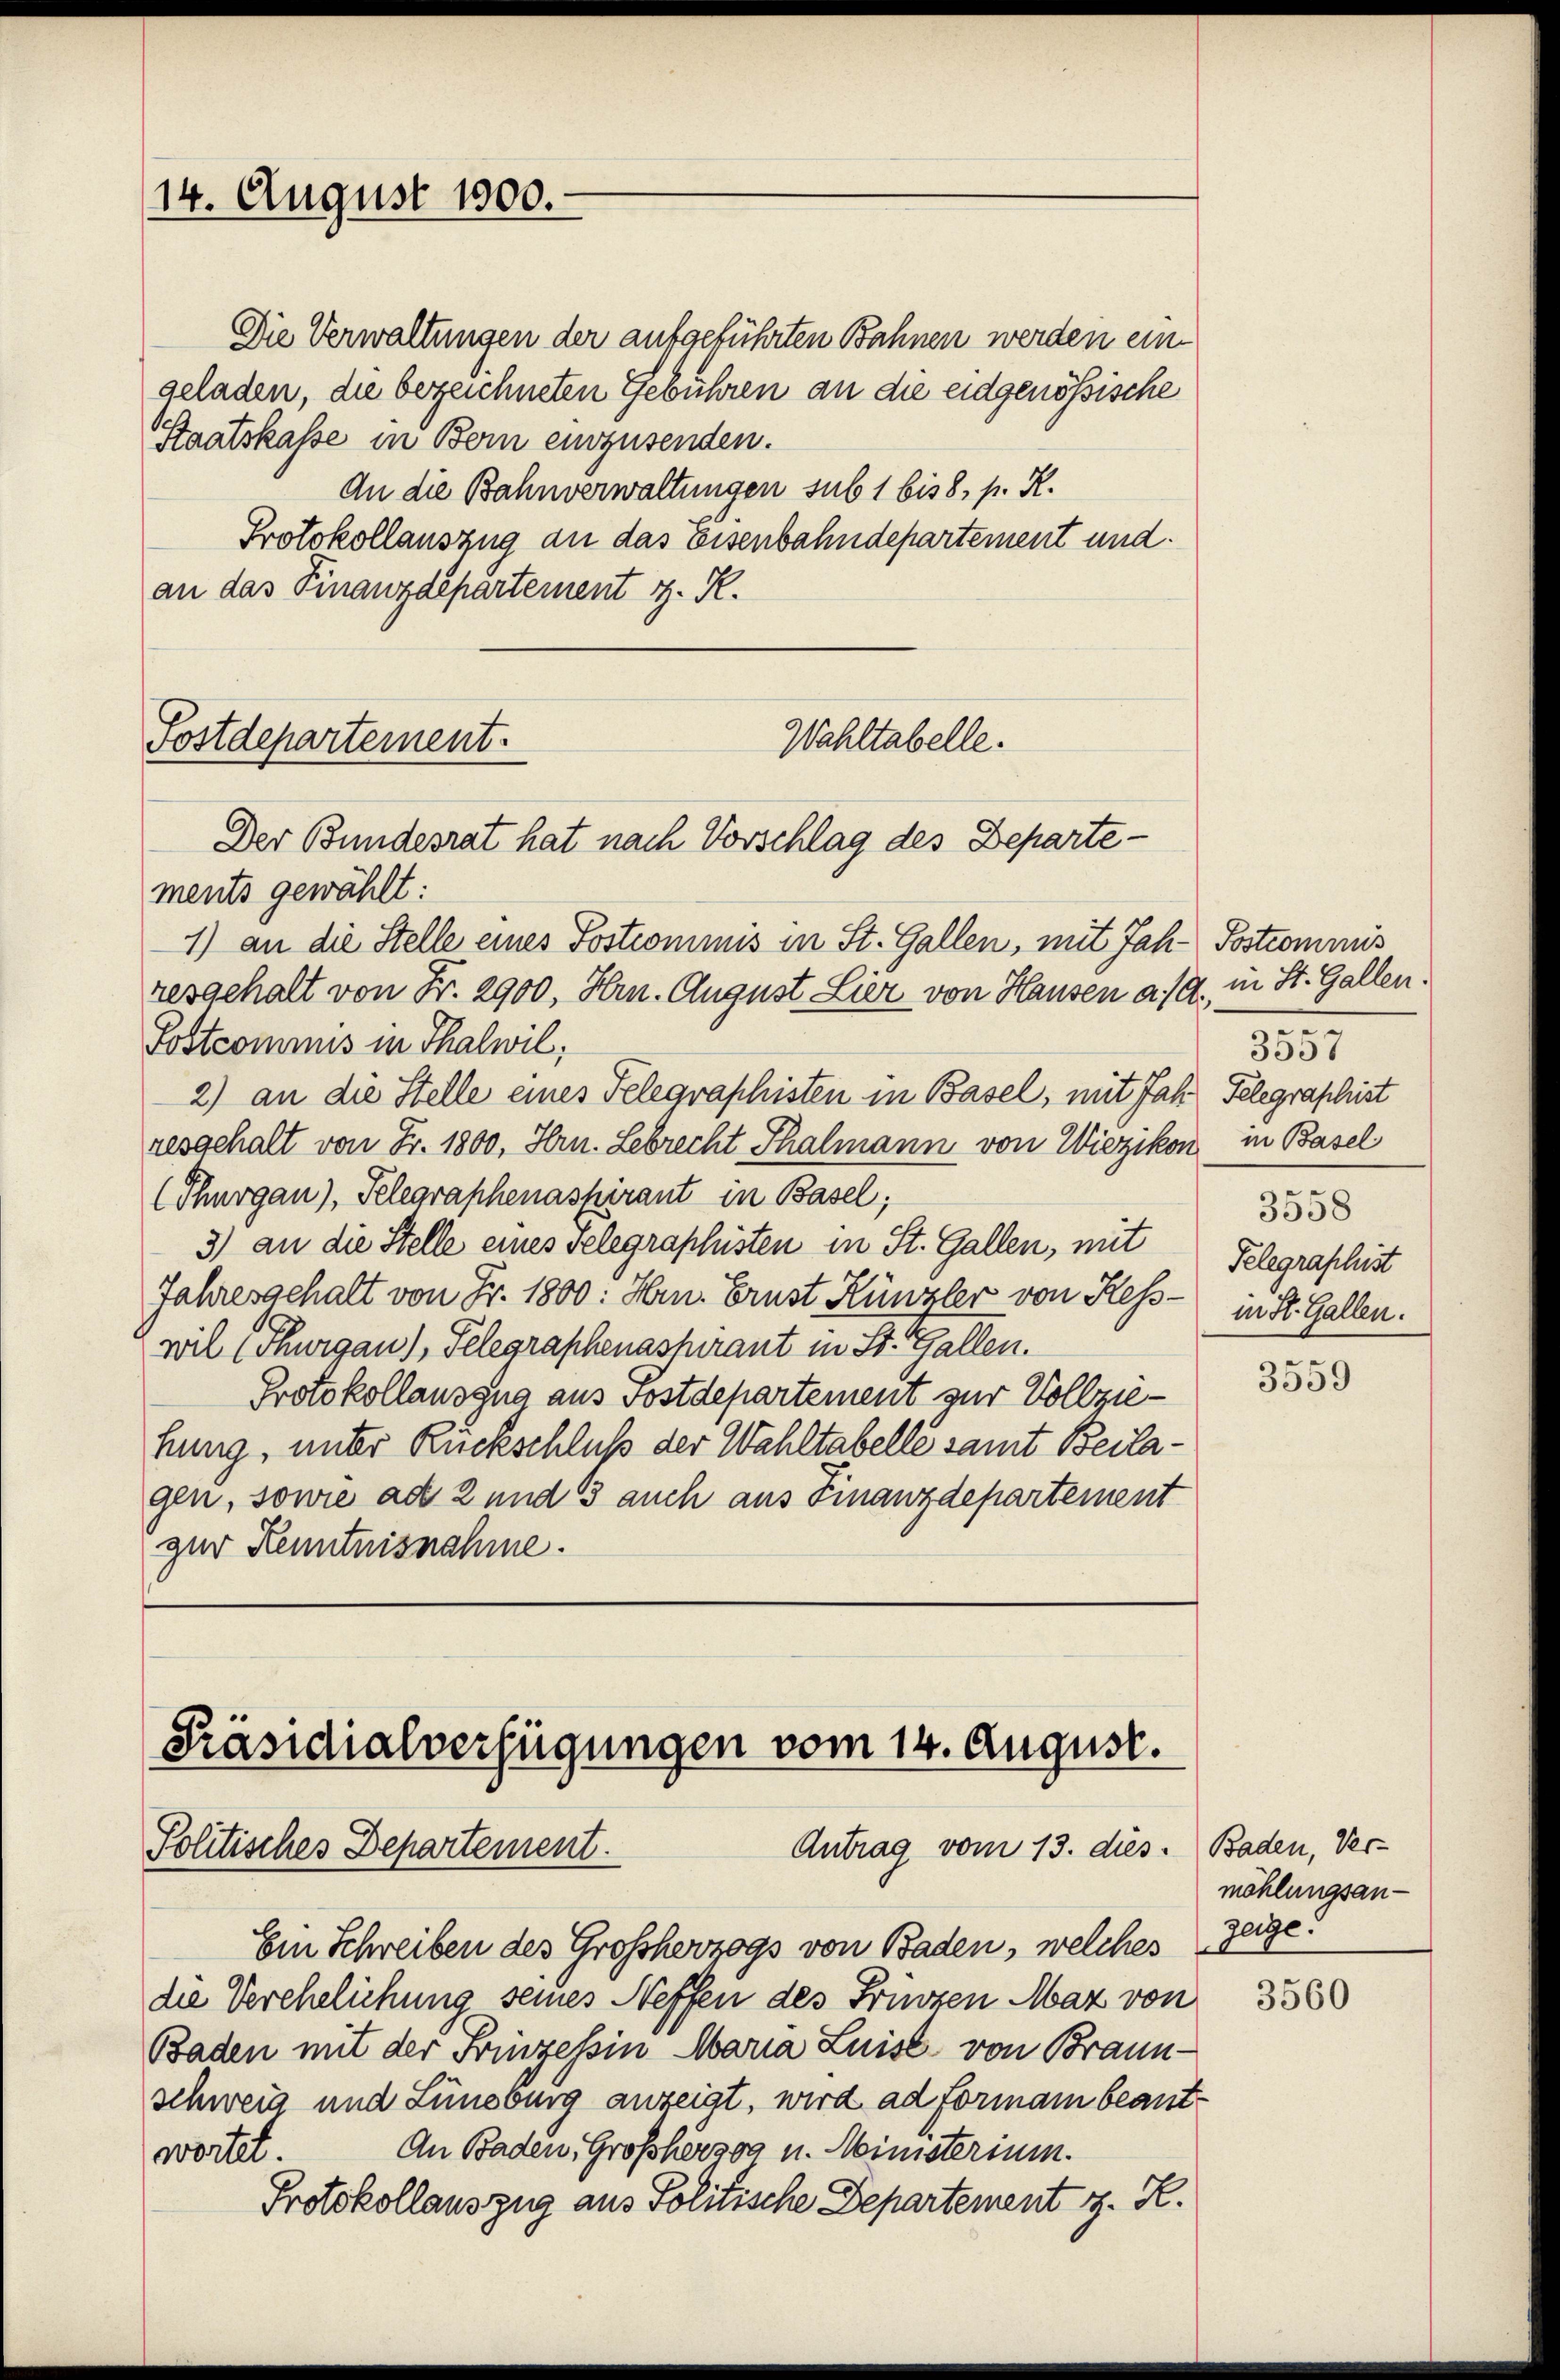
14. August 1900.

Die Verwaltungen der aufgeführten Bahnen werden eingeladen, die bezeichneten Gebühren an die eidgenössische
Staatskasse in Bern einzusenden.
An die Bahnverwaltungen sub 1 bis 8, p. K.
Protokollauszug an das Eisenbahndepartement und
an das Finanzdepartement z. R.

Postdepartement.
Wahltabelle.
Der Bundesrat hat nach Vorschlag des Departe¬

ments gewählt:
1) an die Stelle eines Postcommis in St. Gallen, mit Jah-Postcommis
resgehalt von Fr. 2900, Hrn. August Lier von Hausen a/A., in St. Gallen.
Postcommis in Thalwil;
2) an die Stelle eines Telegraphisten in Basel, mit Jahr Telegraphist
resgehalt von Fr. 1800, Hrn. Lebrecht Thalmann von Wiezikon in Basel
(Thurgau), Telegraphenaspirant in Basel;
3) an die Stelle eines velegraphisten in St. Gallen, mit
Jahresgehalt von Fr. 1800: Hrn. Brust Künzler von Kesswil (Thurgau), Telegraphenashirant in St. Gallen.
Protokollauszug aus Postdepartement zur Vollziefung, unter Rückschluß der Wahltabelle samt Beilagen, sowie ad 2 und 3 auch aus Finanzdepartement
zur Kenntnisnahme.

[Präsidialverfügungen vom 14. August.
Antrag vom 13. dies. Baden, Ver¬
Politisches Departement.

Ein Schreiben des Großherzogs von Baden, welches
die Verehelichung seines Neffen des Früszen Maz von
Baden mit der Friezessin Maria Luise von Braun-
schweig und Lüneburg anzeigt, wird ad formann beant¬
An Baden, Großherzog u. Ministerium.
wortet.
Protokollauszug aus Politische Departement z. H.

3557
3558
Telegraphist
in St. Gallen.

3559

möhlungsanzeige.

3560